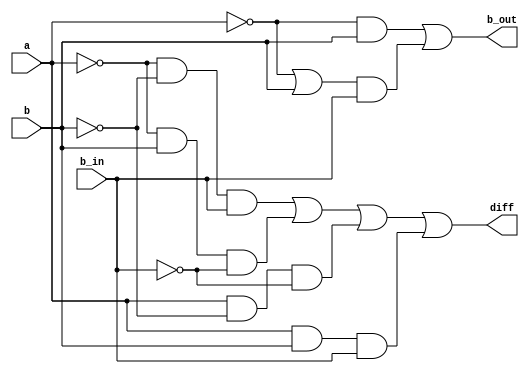
module fullsubtract(diff, b_out, a, b, b_in);

    input a, b, b_in;
    output diff, b_out;

    assign diff = (~a && ~b && b_in) || (~a && b && ~b_in) || (a && ~b && ~b_in) || (a && b && b_in);
    assign b_out = !a && b || ((!a || b) && b_in);

endmodule